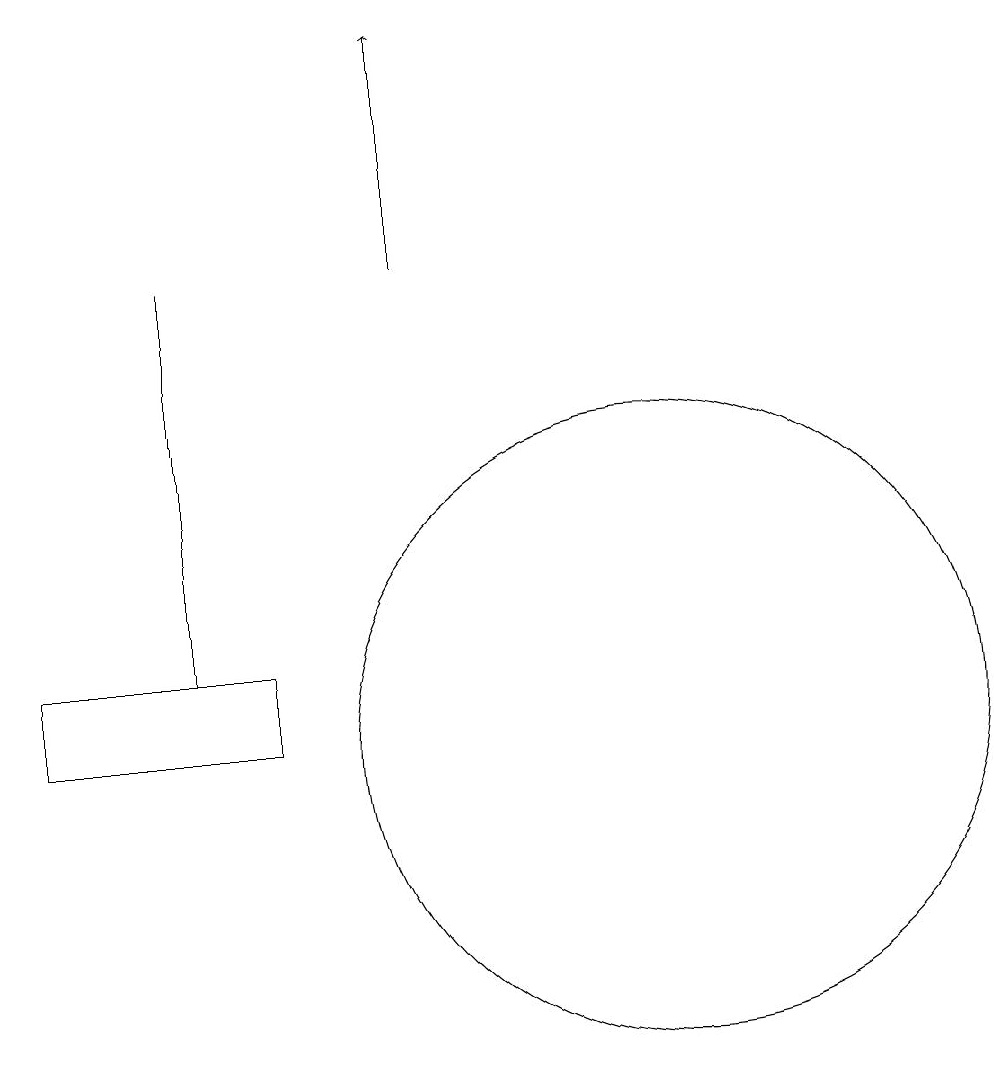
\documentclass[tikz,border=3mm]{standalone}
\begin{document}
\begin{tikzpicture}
\draw[->] (8,16) -- (8,19);
\draw (5,11) rectangle (5,16);
\draw (3,11) rectangle (6,10);
\draw (11,10) circle (4);
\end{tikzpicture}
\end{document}